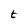
Character: t